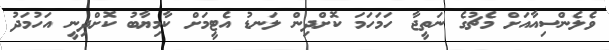
ވެލެންސިއާއަށް މެޗުގެ ނަތީޖާ ހަމަހަމަ ކޮށްދިން ލަނޑު އެޓީމަށް ކާމިޔާބު ކޮށްދިނީ އަހުމަދު